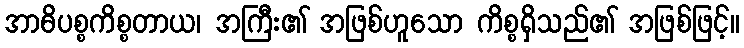
အာဓိပစ္စကိစ္စတာယ၊ အကြီး၏ အဖြစ်ဟူသော ကိစ္စရှိသည်၏ အဖြစ်ဖြင့်။